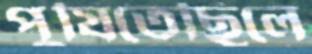
পুষিতেছিলে